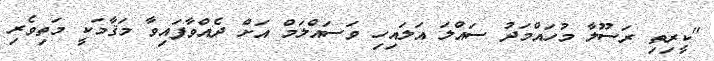
"ކީރިތި ރަސޫލާ މުހައްމަދު ސައްލަ އަލައިހި ވަސައްލަމް އަށް ދެއްވާފައިވާ މަޤާމަކީ މަތިވެރި